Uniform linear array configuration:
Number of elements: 32
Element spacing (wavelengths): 0.25
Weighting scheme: blackman
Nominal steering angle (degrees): -30
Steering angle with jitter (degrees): -28.69
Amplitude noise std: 0.05
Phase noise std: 0.05

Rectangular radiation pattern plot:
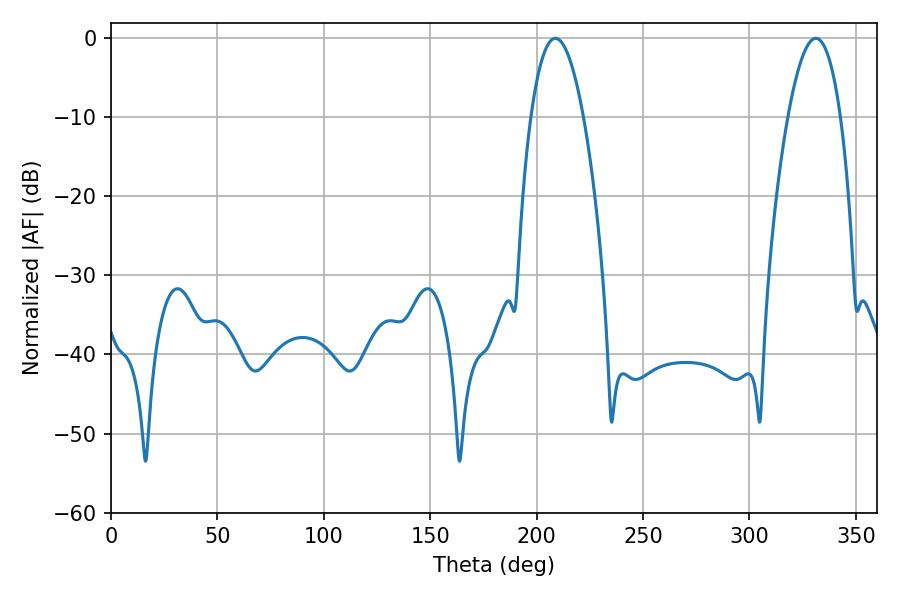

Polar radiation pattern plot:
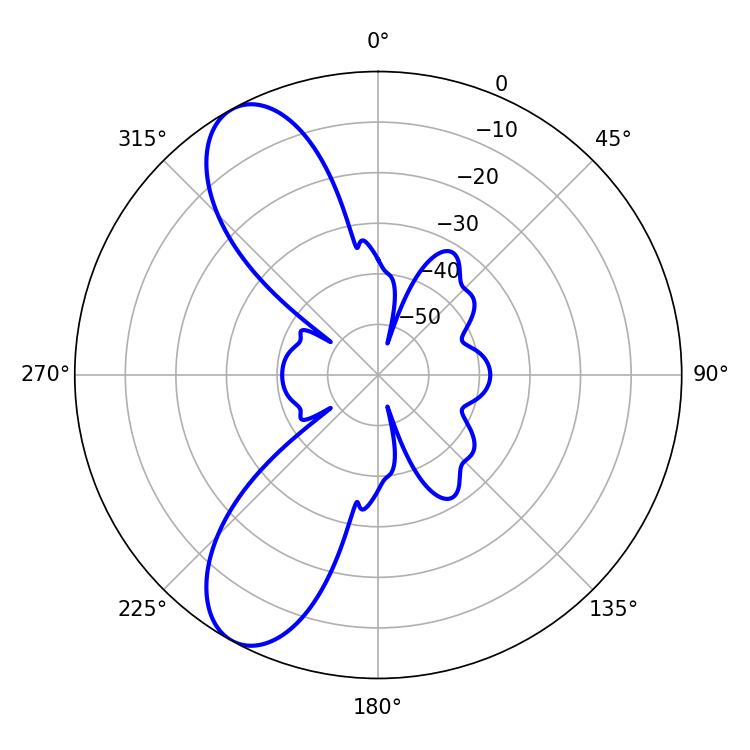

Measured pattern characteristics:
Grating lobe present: FALSE
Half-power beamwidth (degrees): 13.5
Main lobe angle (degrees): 208.8